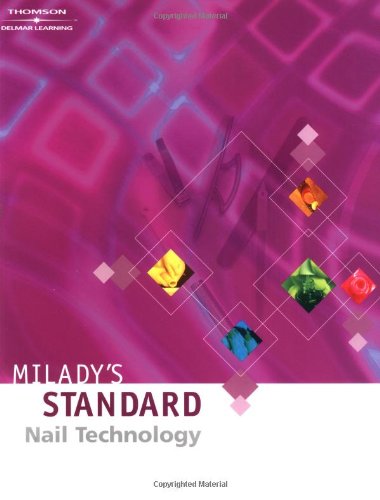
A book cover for Milady's Standard Nail Technology; Milady; Health, Fitness & Dieting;